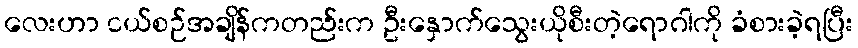
လေးဟာ ငယ်စဉ်အချိန်ကတည်းက ဦးနှောက်သွေးယိုစီးတဲ့ရောဂါကို ခံစားခဲ့ရပြီး